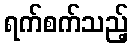
ရက်စက်သည့်